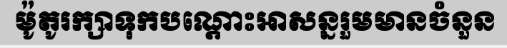
ម៉ូតូរក្សាទុកបណ្តោះអាសន្នរួមមានចំនួន